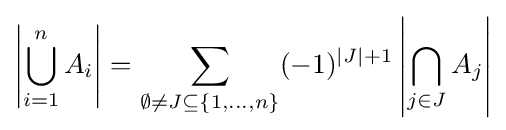
\left|\bigcup _{i=1}^{n}A_{i}\right|=\sum _{\emptyset \neq J\subseteq \{1,\ldots ,n\}}(-1)^{|J|+1}\left|\bigcap _{j\in J}A_{j}\right|